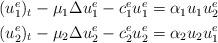
LaTeX: \begin{align*}\begin{aligned}(u^e_1)_t-\mu_1\Delta u_1^e -c^e_1 u_1^e&= \alpha_1 u_1 u_2^e\\(u^e_2)_t-\mu_2\Delta u_2^e -c^e_2 u_2^e & = \alpha_2 u_2 u_1^e\end{aligned}\end{align*}